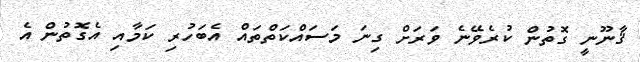
ޤާނޫނީ ގޮތުން ކުރެވޭނެ ވަރަށް ގިނަ މަސައްކަތްތައް އެބަހުރި ކަމާއި އެގޮތުން އެ